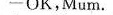
-OK,Mum.